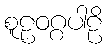
စူဠဝဂ္ဂပါဠိ